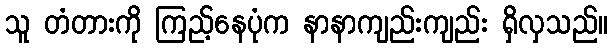
သူ တံတားကို ကြည့်နေပုံက နာနာကျည်းကျည်း ရှိလှသည်။